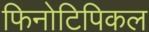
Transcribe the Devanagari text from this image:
फिनोटिपिकल